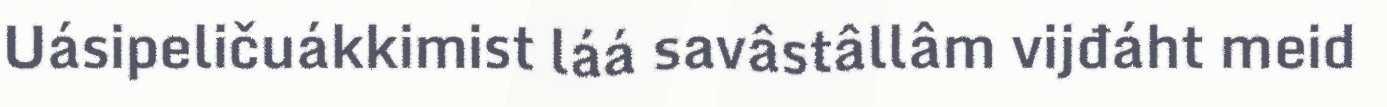
Uásipeličuákkimist láá savâstâllâm vijđáht meid